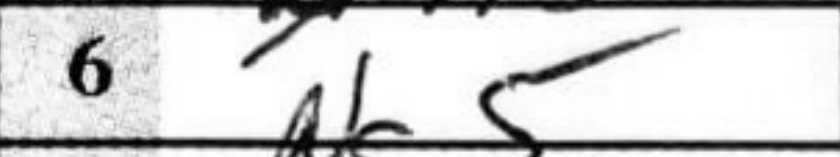
Transcription: Ng5